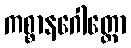
ကစ္စာနဂေါတ္တော